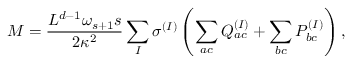
M = \frac { L ^ { d - 1 } \omega _ { s + 1 } s } { 2 \kappa ^ { 2 } } \sum _ { I } \sigma ^ { ( I ) } \left( \sum _ { a c } Q _ { a c } ^ { ( I ) } + \sum _ { b c } P _ { b c } ^ { ( I ) } \right) ,